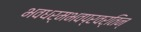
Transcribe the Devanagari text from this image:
भवधर्मभवप्रवर्तिन्